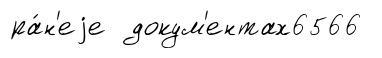
ра́н'еjе докум'ентах6566